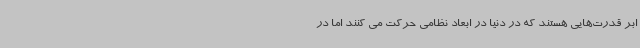
ابر قدرت‌هایی هستند که در دنیا در ابعاد نظامی حرکت می کنند اما در